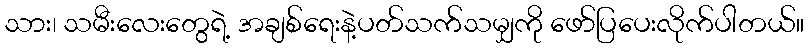
သား၊ သမီးလေးတွေရဲ့ အချစ်ရေးနဲ့ပတ်သက်သမျှကို ဖော်ပြပေးလိုက်ပါတယ်။